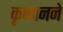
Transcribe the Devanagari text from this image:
कृष्णनने